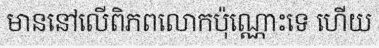
មាននៅលើពិភពលោកប៉ុណ្ណោះទេ ហើយ